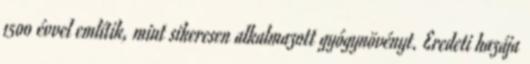
1500 évvel említik, mint sikeresen alkalmazott gyógynövényt. Eredeti hazája